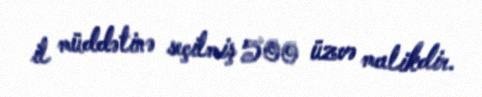
il müddətinə seçilmiş 500 üzvə malikdir.